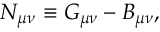
N _ { \mu \nu } \equiv G _ { \mu \nu } - B _ { \mu \nu } ,